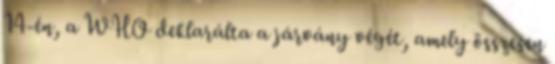
14-én, a WHO deklarálta a járvány végét, amely összesen